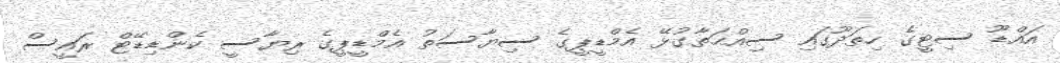
އައްޑޫ ސިޓީގެ ހިތަދޫގައި ސިއްޙަތާގުޅޭ އެމްޑީޕީގެ ސިޔާސަތު އެމްޑީޕީގެ ރިޔާސީ ކެންޑިޑޭޓް ރައީސް